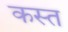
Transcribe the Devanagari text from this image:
कस्त